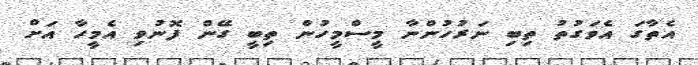
އެތާގަ އެވަގުތު ތިބި ނަރުހުންނާ މީސްމީހުން ތިބީ ގޭން ފޮނުވި އެމީހާ އަށް